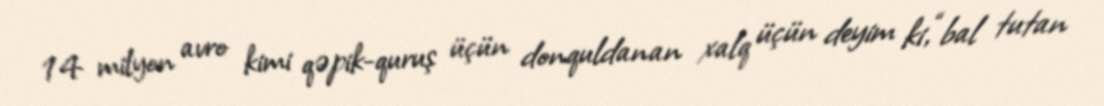
14 milyon avro kimi qəpik-quruş üçün donquldanan xalq üçün deyim ki, “bal tutan